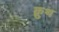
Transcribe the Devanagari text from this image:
क्नुथ